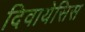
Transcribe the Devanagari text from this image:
दिवायेसिस